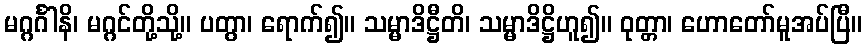
မဂ္ဂင်္ဂါနိ၊ မဂ္ဂင်တို့သို့။ ပတွာ၊ ရောက်၍။ သမ္မာဒိဋ္ဌီတိ၊ သမ္မာဒိဋ္ဌိဟူ၍။ ဝုတ္တာ၊ ဟောတော်မူအပ်ပြီ။